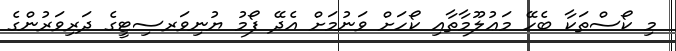
މި ކޯސްތަކާ ބެހޭ މަޢުލޫމާތާއި ކޯހަށް ވަނުމަށް އެދޭ ފޯމު ޔުނިވަރސިޓީގެ ދަރިވަރުންގެ